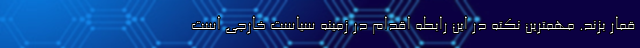
قمار بزند. مهمترین نکته در این رابطه اقدام در زمینه سیاست خارجی است